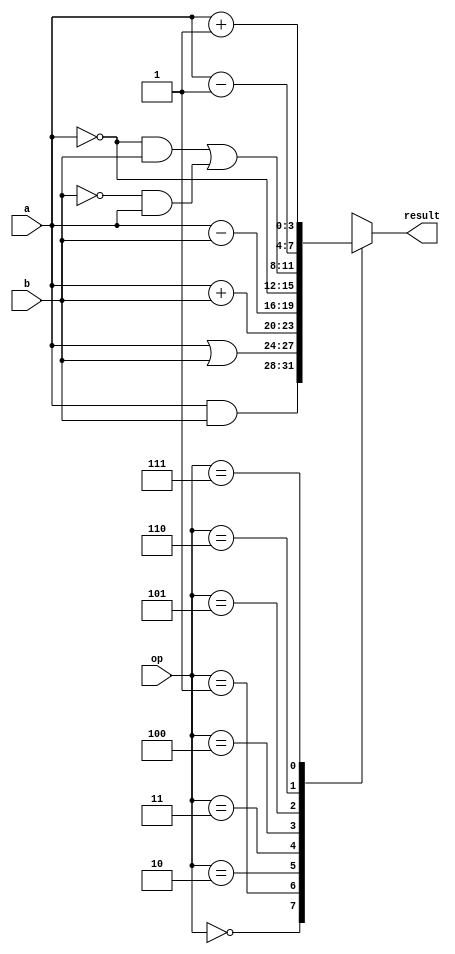
module alu(
    input [3:0] a,
    input [3:0] b,
    input [2:0] op,
    output reg [3:0] result
);

always @(*) begin
    case (op)
        3'b000: result = a & b;
        3'b001: result = a | b;
        3'b010: result = a + b;
        3'b011: result = a - b;
        3'b100: result = ~a;
        3'b101: result =  (~a&b)|(~b&a);
        3'b110: result = a - 1;
        3'b111: result = a + 1;
        default: result = 4'b0000;
    endcase
end



endmodule